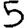
Digit: 5